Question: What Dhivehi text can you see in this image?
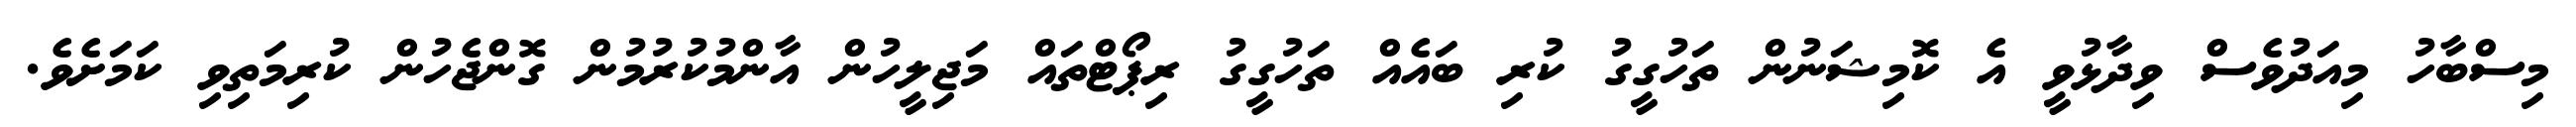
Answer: މިސްބާހު މިއަދުވެސް ވިދާޅުވީ އެ ކޮމިޝަނުން ތަހުގީގު ކުރި ބައެއް ތަހުގީގު ރިޕޯޓްތައް މަޖިލީހުން އާންމުކުރުމުން ގޮންޖެހުން ކުރިމަތިވި ކަމަށެވެ.